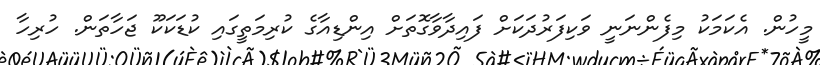
މީހުން. އެކަމަކު މިފެންނަނީ ވަކިފަރުދަކަށް ފައިދާވާގޮތަށް އިންޑިއާގެ ކުރިމަތީގައި ކުޑަކަކޫ ޖަހާތަން. ހުރިހާ